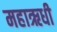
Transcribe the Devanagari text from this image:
महाऋधी